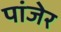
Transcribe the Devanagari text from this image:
पांजेर